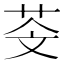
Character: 𦮫